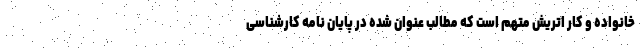
خانواده و کار اتریش متهم است که مطالب عنوان شده در پایان نامه کارشناسی